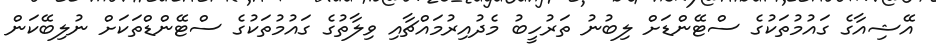
އޭޝިއާގެ ގައުމުތަކުގެ ސްޓޭންޑަށް ލިބުނު ތަރުހީބު މެދުއިރުމައްޗާއި ވިލާތުގެ ގައުމުތަކުގެ ސްޓޭންޑްތަކަށް ނުލިބޭކަން